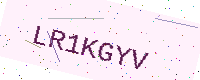
Text: LR1KGYV